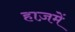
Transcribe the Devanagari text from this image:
हाज़में